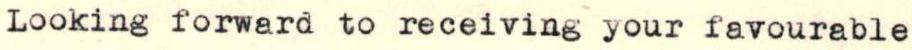
Looking forward to receiving your favourable